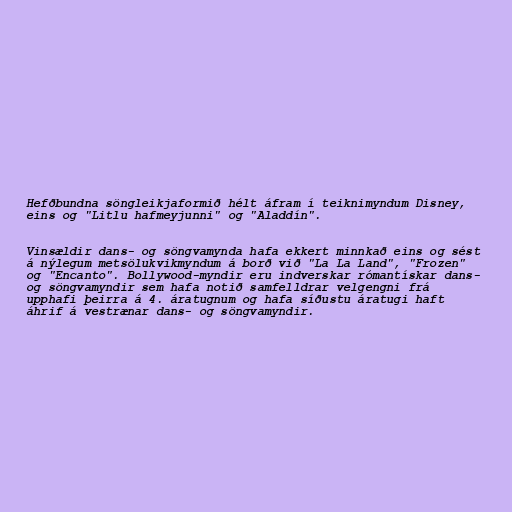
Hefðbundna söngleikjaformið hélt áfram í teiknimyndum Disney,
eins og "Litlu hafmeyjunni" og "Aladdín".

Vinsældir dans- og söngvamynda hafa ekkert minnkað eins og sést
á nýlegum metsölukvikmyndum á borð við "La La Land", "Frozen"
og "Encanto". Bollywood-myndir eru indverskar rómantískar dans-
og söngvamyndir sem hafa notið samfelldrar velgengni frá
upphafi þeirra á 4. áratugnum og hafa síðustu áratugi haft
áhrif á vestrænar dans- og söngvamyndir.